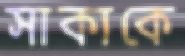
সাকাকে